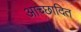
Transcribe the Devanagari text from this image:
आच्‍छादित